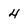
Character: 4